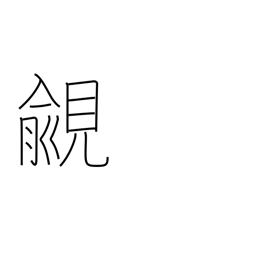
Meaning: coveting high rank